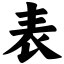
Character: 表